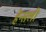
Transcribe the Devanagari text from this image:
हेन्सली